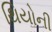
થિયોની